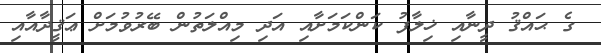
ގެ ޙައްޤު ދީނާއި ޚިލާފު ކަންކަމަށާއި އަދި މިއްލަތުން ބޭރުވުމަށް ޢަޤީދާއާއި